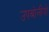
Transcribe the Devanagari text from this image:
उपबोलीयो